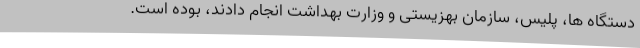
دستگاه ها، پلیس، سازمان بهزیستی و وزارت بهداشت انجام دادند، بوده است.